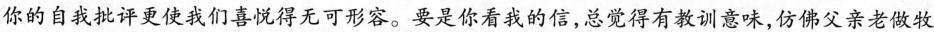
你的自我批评更使我们喜悦得无可形容。要是你看我的信，总觉得有教训意味，仿佛父亲老做牧